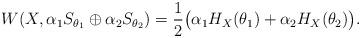
LaTeX: \begin{align*}W(X,\alpha_1 S_{\theta_1}\oplus\alpha_2S_{\theta_2})=\frac{1}{2}\bigl(\alpha_1 H_X(\theta_1)+\alpha_2 H_{X}(\theta_2)\bigr).\end{align*}